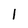
Character: 1